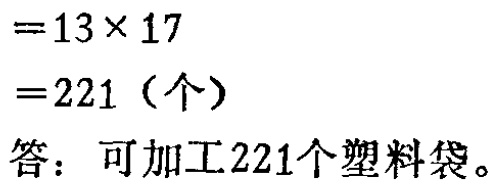
\[
\begin{align*}
&=13\times 17\\
&=221 (\text{个})\\
\end{align*}
\]
答：可加工221个塑料袋。